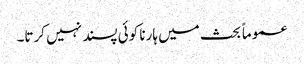
عموماً بحث میں ہارنا کوئی پسند نہیں کرتا۔